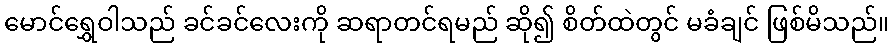
မောင်ရွှေဝါသည် ခင်ခင်လေးကို ဆရာတင်ရမည် ဆို၍ စိတ်ထဲတွင် မခံချင် ဖြစ်မိသည်။